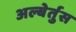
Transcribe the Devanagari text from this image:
अल्बेर्तुस